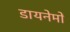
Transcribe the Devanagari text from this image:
डायनेमों